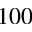
1 0 0